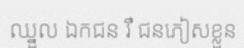
ឈ្នួល ឯកជន រឺ ជនភៀសខ្លួន